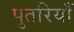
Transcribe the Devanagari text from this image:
पुतरियाँ